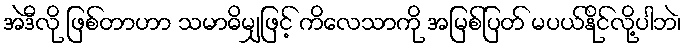
အဲဒီလို ဖြစ်တာဟာ သမာဓိမျှဖြင့် ကိလေသာကို အမြစ်ပြတ် မပယ်နိုင်လို့ပါဘဲ၊